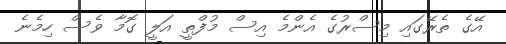
އޭގެ ތެރޭގައި މިސްރުގެ އެންމެ އިސް މުފްތީ އަލީ ގޮމާ ވެސް ހިމެނެ